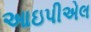
આઇપીએલ